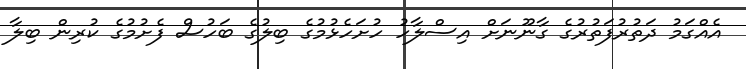
އެއްގަމު ދަތުރުފަތުރުގެ ގާނޫނަށް އިސްލާހު ހުށަހެޅުމުގެ ބިލުގެ ބަހުސް ފެށުމުގެ ކުރިން ބިލާ